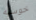
خوسيه